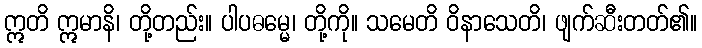
ဣတိ ဣမာနိ၊ တို့တည်း။ ပါပဓမ္မေ၊ တို့ကို။ သမေတိ ဝိနာသေတိ၊ ဖျက်ဆီးတတ်၏။